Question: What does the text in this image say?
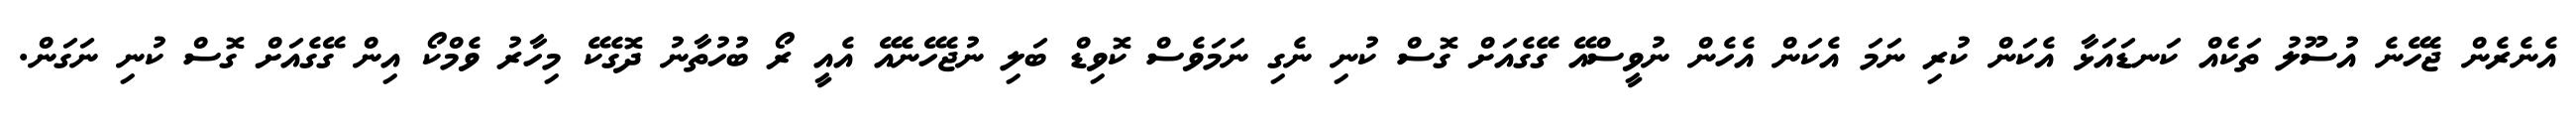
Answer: އެނެރެން ޖެހޭނެ އުސޫލު ތަކެއް ކަނޑައަޅާ އެކަން ކުރި ނަމަ އެކަން އެހެން ނުވީސްއޭ ގޭގެއަށް ގޮސް ކުނި ނެގި ނަމަވެސް ކޮވިޑް ބަލި ނުޖެހޭނެއޭ އެއީ ރޯ ބުހުތާނު ދޮގެކޭ މިހާރު ވެމްކޯ އިން ގޭގެއަށް ގޮސް ކުނި ނަގަން.